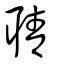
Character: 聙